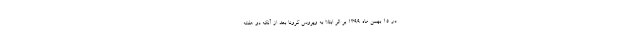
در 15 بهمن ماه 1399 بر اثر ابتلا به ویروس کرونا بعد از آنکه دو هفته